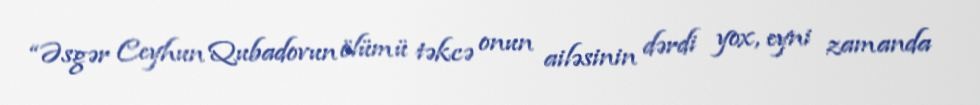
“Əsgər Ceyhun Qubadovun ölümü təkcə onun ailəsinin dərdi yox, eyni zamanda